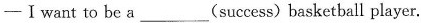
---Ⅰwant to be a ___(success) basketball player.